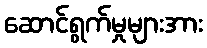
ဆောင်ရွက်မှုများအား